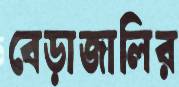
বেড়াজালির